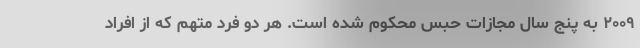
۲۰۰۹ به پنج سال مجازات حبس محکوم شده است. هر دو فرد متهم که از افراد